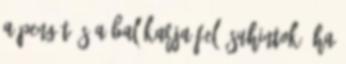
a pengét és a bal karja felé suhintok. Ha